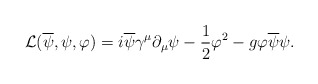
\begin{align*}{\cal L}(\overline{\psi},\psi, \varphi)=i\overline{\psi}\gamma^{\mu}\partial_{\mu}\psi-\frac{1}{2}\varphi^{2}-g\varphi\overline{\psi}\psi.\end{align*}